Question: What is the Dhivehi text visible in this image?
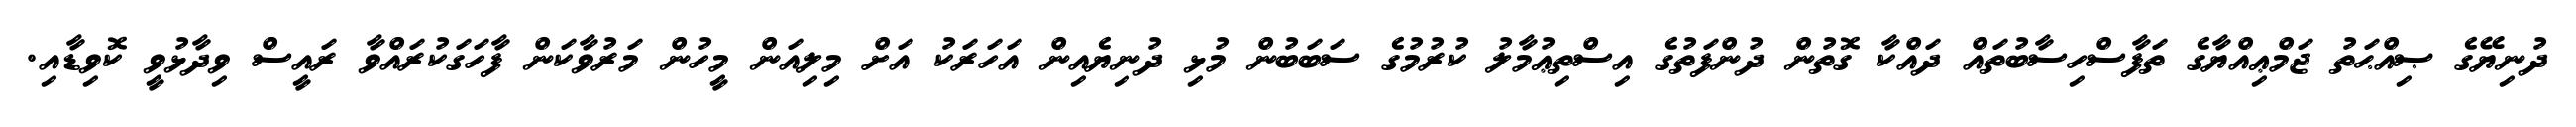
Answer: ދުނިޔޭގެ ޞިއްޙަތު ޖަމްޢިއްޔާގެ ތަފާސްހިސާބުތައް ދައްކާ ގޮތުން ދުންފަތުގެ އިސްތިޢުމާލު ކުރުމުގެ ސަބަބުން މުޅި ދުނިޔެއިން އަހަރަކު އަށް މިލިއަން މީހުން މަރުވާކަން ފާހަގަކުރައްވާ ރައީސް ވިދާޅުވީ ކޮވިޑާއި.